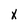
Character: X